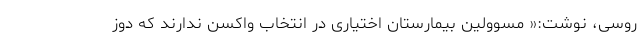
روسی، نوشت:« مسوولین بیمارستان اختیاری در انتخاب واکسن ندارند که دوز